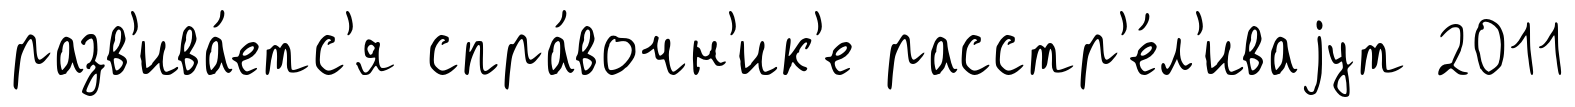
разв'ива́етс'я спра́вочн'ик'е расстр'е́л'иваjут 2011